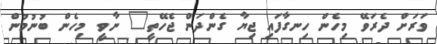
ވަރަށް ދެރަވޭ މިހެން ހިނގާފައި ޖިޔާ ގެންދަން ޖެހޭތީ" ނާވީ މިހެން ބުނުމުން